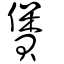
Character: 賲